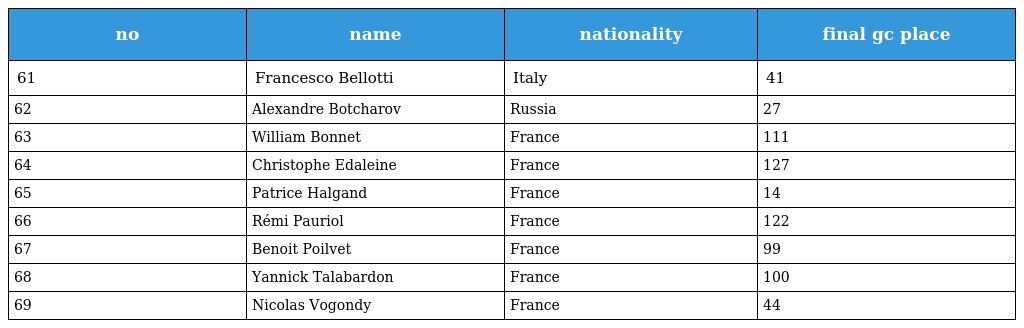
| no | name | nationality | final gc place |
 | --- | --- | --- | --- |
 | 61 | Francesco Bellotti | Italy | 41 |
 | 62 | Alexandre Botcharov | Russia | 27 |
 | 63 | William Bonnet | France | 111 |
 | 64 | Christophe Edaleine | France | 127 |
 | 65 | Patrice Halgand | France | 14 |
 | 66 | Rémi Pauriol | France | 122 |
 | 67 | Benoit Poilvet | France | 99 |
 | 68 | Yannick Talabardon | France | 100 |
 | 69 | Nicolas Vogondy | France | 44 |